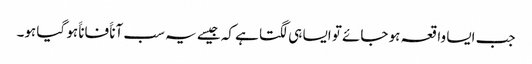
جب ایسا واقعہ ہو جائے تو ایسا ہی لگتا ہے کہ جیسے یہ سب آناََ فاناََ ہو گیا ہو۔